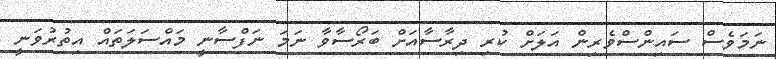
ނަމަވެސް ސައިންސްވެރިން އަލަށް ކުރި ދިރާސާއަށް ބަރޯސާވާ ނަމަ ނަފްސާނީ މައްސަލަތައް އިތުރުވަނީ